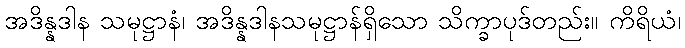
အဒိန္နဒါန သမုဋ္ဌာနံ၊ အဒိန္နဒါနသမုဋ္ဌာန်ရှိသော သိက္ခာပုဒ်တည်း။ ကိရိယံ၊